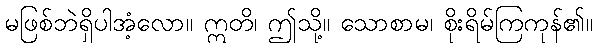
မဖြစ်ဘဲရှိပါအံ့လော။ ဣတိ၊ ဤသို့။ သောစာမ၊ စိုးရိမ်ကြကုန်၏။